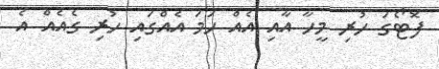
ފޮޓޯގަ ހުރި މީހާ އާއި އެއް ހަމަ އެއްގައި ހުރި ގެއެއް އެ